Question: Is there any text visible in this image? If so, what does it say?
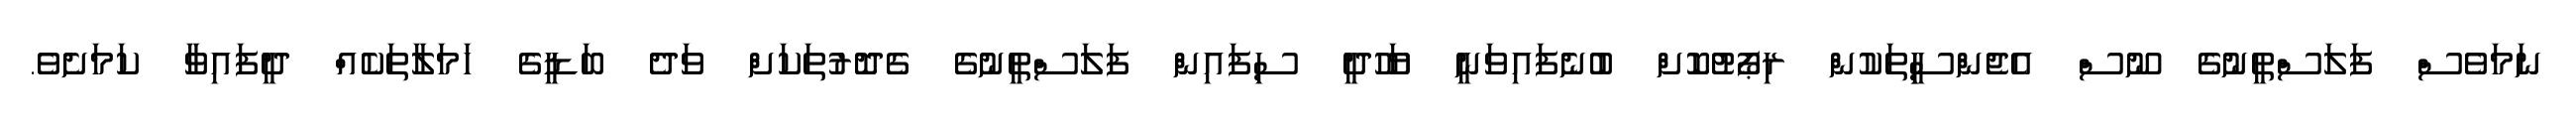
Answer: ނަމަވެސް ފަލަސްތީނުގެ ނޫސް އެޖެންސިީތަކުން ރިޕޯޓުކޮށް ބުނެފައިވަނީ ޔަހޫދީ ސިފައިން ފަލަސްތީނުގެ ގެދޮރުތަކަށް ވަދެ ބަޑީގެ ހަމަލާތަކެއް ދީފައިވާ ކަމަށެވެ.